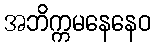
အဘိက္ကမနေနေဝ